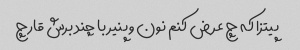
پیتزا که چ عرض کنم نون و پنیر با چند برش قارچ